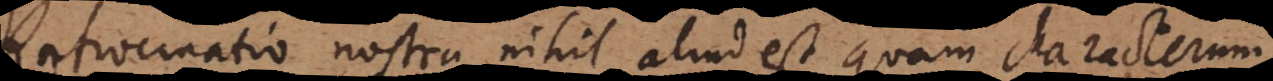
Ratiocinatio nostra nihil aliud est quam characterum